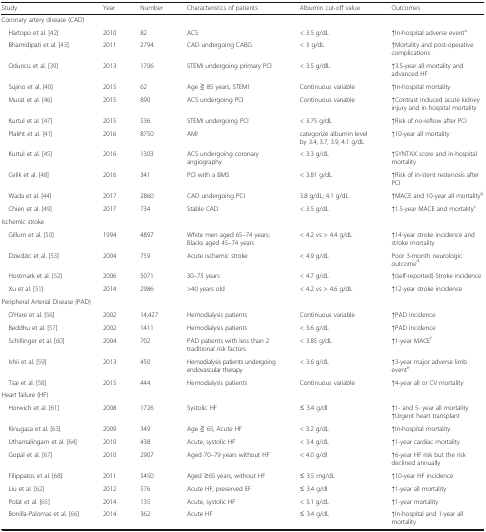
<table><thead><tr><td><b>Study</b></td><td><b>Year</b></td><td><b>Number</b></td><td><b>Characteristics of patients</b></td><td><b>Albumin cut-off value</b></td><td><b>Outcomes</b></td></tr></thead><tbody><tr><td colspan="6">Coronary artery disease (CAD)</td></tr><tr><td> Hartopo et al. [42]</td><td>2010</td><td>82</td><td>ACS</td><td>&lt; 3.5 g/dL</td><td>↑In-hospital adverse event<sup>a</sup></td></tr><tr><td> Bhamidipati et al. [43]</td><td>2011</td><td>2794</td><td>CAD undergoing CABG</td><td>&lt; 3 g/dL</td><td>↑Mortality and post-operative complications</td></tr><tr><td> Oduncu et al. [39]</td><td>2013</td><td>1706</td><td>STEMI undergoing primary PCI</td><td>&lt; 3.5 g/dlL</td><td>↑3.5-year all mortality and advanced HF</td></tr><tr><td> Sujino et al. [40]</td><td>2015</td><td>62</td><td>Age ≧ 85 years, STEMI</td><td>Continuous variable</td><td>↑In-hospital mortality</td></tr><tr><td> Murat et al. [46]</td><td>2015</td><td>890</td><td>ACS undergoing PCI</td><td>Continuous variable</td><td>↑Contrast induced acute kidney injury and in-hospital mortality</td></tr><tr><td> Kurtul et al. [47]</td><td>2015</td><td>536</td><td>STEMI undergoing PCI</td><td>&lt; 3.75 g/dL</td><td>↑Risk of no-reflow after PCI</td></tr><tr><td> Plakht et al. [41]</td><td>2016</td><td>8750</td><td>AMI</td><td>categorize albumin level by 3.4, 3.7, 3.9, 4.1 g/dL</td><td>↑10-year all mortality</td></tr><tr><td> Kurtul et al. [45]</td><td>2016</td><td>1303</td><td>ACS undergoing coronary angiography</td><td>&lt; 3.3 g/dL</td><td>↑SYNTAX score and in-hospital mortality</td></tr><tr><td> Celik et al. [48]</td><td>2016</td><td>341</td><td>PCI with a BMS</td><td>&lt; 3.81 g/dL</td><td>↑Risk of in-stent restenosis after PCI</td></tr><tr><td> Wada et al. [44]</td><td>2017</td><td>2860</td><td>CAD undergoing PCI</td><td>3.8 g/dL; 4.1 g/dL</td><td>↑MACE and 10-year all mortality<sup>b</sup></td></tr><tr><td> Chien et al. [49]</td><td>2017</td><td>734</td><td>Stable CAD</td><td>&lt; 3.5 g/dL</td><td>↑1.5-year MACE and mortality<sup>c</sup></td></tr><tr><td colspan="6">Ischemic stroke</td></tr><tr><td> Gillum et al. [50]</td><td>1994</td><td>4897</td><td>White men aged 65–74 years; Blacks aged 45–74 years</td><td>&lt; 4.2 vs &gt; 4.4 g/dL</td><td>↑14-year stroke incidence and stroke mortality</td></tr><tr><td> Dziedzic et al. [53]</td><td>2004</td><td>759</td><td>Acute ischemic stroke</td><td>&lt; 4.9 g/dL</td><td>Poor 3-month neurologic outcome<sup>d</sup></td></tr><tr><td> Hostmark et al. [52]</td><td>2006</td><td>5071</td><td>30–75 years</td><td>&lt; 4.7 g/dL</td><td>↑(self-reported) Stroke incidence</td></tr><tr><td> Xu et al. [51]</td><td>2014</td><td>2986</td><td>&gt;40 years old</td><td>&lt; 4.2 vs &gt; 4.6 g/dL</td><td>↑12-year stroke incidence</td></tr><tr><td colspan="6">Peripheral Arterial Disease (PAD)</td></tr><tr><td> O’Hare et al. [56]</td><td>2002</td><td>14,427</td><td>Hemodialysis patients</td><td>Continuous variable</td><td>↑PAD incidence</td></tr><tr><td> Beddhu et al. [57]</td><td>2002</td><td>1411</td><td>Hemodialysis patients</td><td>&lt; 3.6 g/dL</td><td>↑PAD incidence</td></tr><tr><td> Schillinger et al. [60]</td><td>2004</td><td>702</td><td>PAD patients with less than 2 traditional risk factors</td><td>&lt; 3.85 g/dL</td><td>↑1-year MACE<sup>f</sup></td></tr><tr><td> Ishii et al. [59]</td><td>2013</td><td>450</td><td>Hemodialysis patients undergoing endovascular therapy</td><td>&lt; 3.6 g/dL</td><td>↑3-year major adverse limb event<sup>e</sup></td></tr><tr><td> Tsai et al. [58]</td><td>2015</td><td>444</td><td>Hemodialysis patients</td><td>Continuous variable</td><td>↑4-year all or CV mortality</td></tr><tr><td colspan="6">Heart failure (HF)</td></tr><tr><td> Horwich et al. [61]</td><td>2008</td><td>1726</td><td>Systolic HF</td><td>≤ 3.4 g/dl</td><td>↑1- and 5- year all mortality↑Urgent heart transplant</td></tr><tr><td> Kinugasa et al. [63]</td><td>2009</td><td>349</td><td>Age ≧ 65, Acute HF</td><td>&lt; 3.2 g/dL</td><td>↑In-hospital mortality</td></tr><tr><td> Uthamalingam et al. [64]</td><td>2010</td><td>438</td><td>Acute, systolic HF</td><td>&lt; 3.4 g/dL</td><td>↑1-year cardiac mortality</td></tr><tr><td> Gopal et al. [67]</td><td>2010</td><td>2907</td><td>Aged 70–79 years without HF</td><td>&lt; 4.0 g/dl</td><td>↑6-year HF risk but the risk declined annually</td></tr><tr><td> Filippatos et al. [68]</td><td>2011</td><td>5450</td><td>Aged ≥65 years, without HF</td><td>≤ 3.5 mg/dL</td><td>↑10-year HF incidence</td></tr><tr><td> Liu et al. [62]</td><td>2012</td><td>576</td><td>Acute HF, preserved EF</td><td>≤ 3.4 g/dl</td><td>↑1-year all mortality</td></tr><tr><td> Polat et al. [65]</td><td>2014</td><td>135</td><td>Acute, systolic HF</td><td>&lt; 3.1 g/dL</td><td>↑1-year mortality</td></tr><tr><td> Bonilla-Palomas et al. [66]</td><td>2014</td><td>362</td><td>Acute HF</td><td>≤ 3.4 g/dL</td><td>↑In-hospital and 1-year all mortality</td></tr></tbody></table>